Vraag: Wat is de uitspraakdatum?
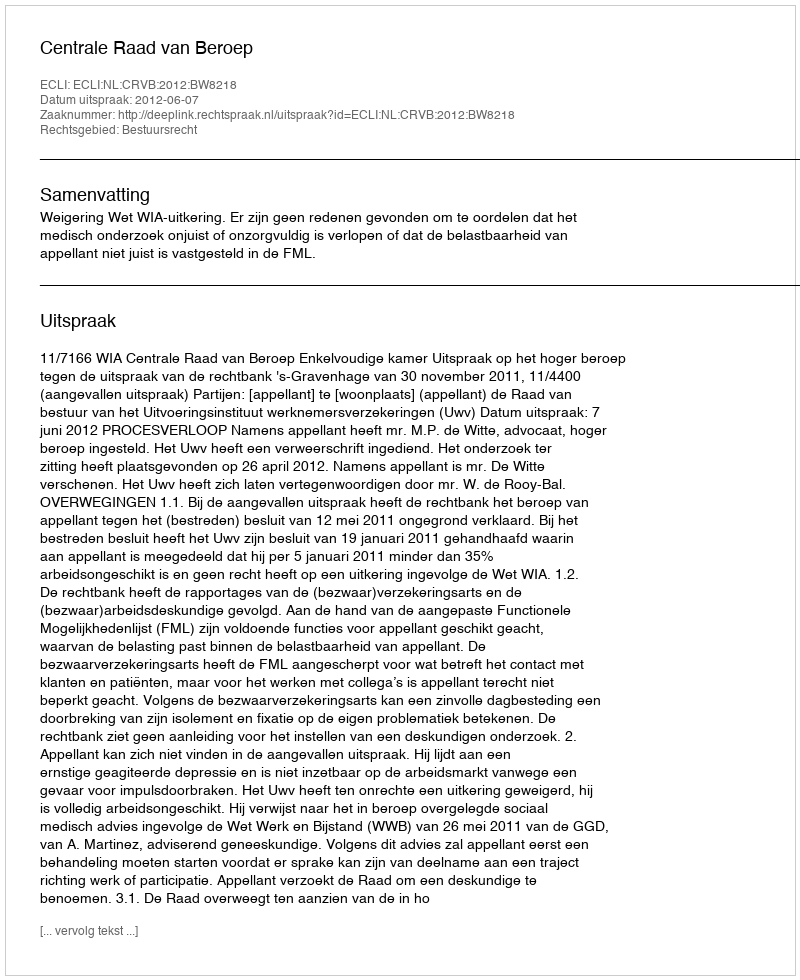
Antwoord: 2012-06-07